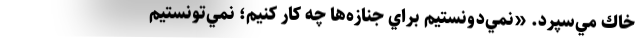
خاك مي‌سپرد. «نمي‌دونستيم براي جنازه‌ها چه كار كنيم؛ نمي‌تونستيم